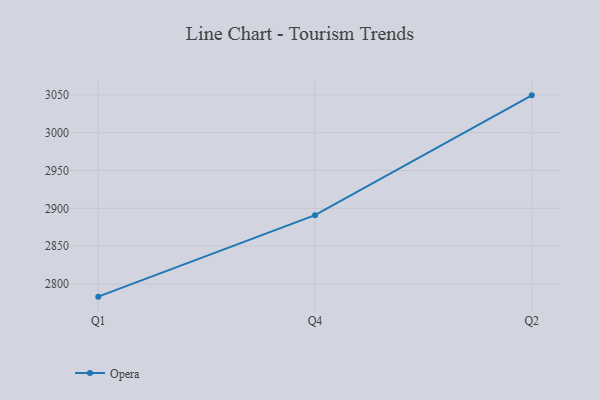
{"axis": {"x": "Quarter", "y": "Gross Profit (USD K)"}, "legend": ["Opera"], "data": [{"x": "Q1", "y": 2783.4, "type": "Opera"}, {"x": "Q4", "y": 2891.0, "type": "Opera"}, {"x": "Q2", "y": 3049.2, "type": "Opera"}]}